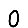
Digit: 0